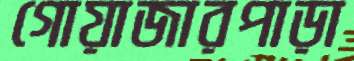
গোয়াজারপাড়া